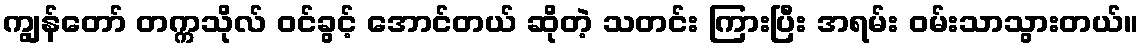
ကျွန်တော် တက္ကသိုလ် ဝင်ခွင့် အောင်တယ် ဆိုတဲ့ သတင်း ကြားပြီး အရမ်း ဝမ်းသာသွားတယ်။